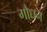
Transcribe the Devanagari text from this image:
गौधन